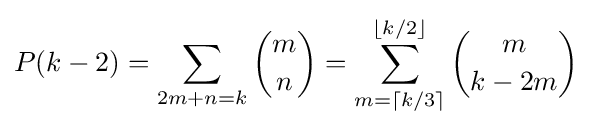
P(k-2)=\sum _{2m+n=k}{m \choose n}=\sum _{m=\lceil k/3\rceil }^{\lfloor k/2\rfloor }{m \choose k-2m}